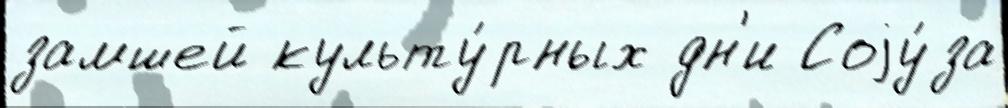
замшей культу́рных дн'и Соjу́за